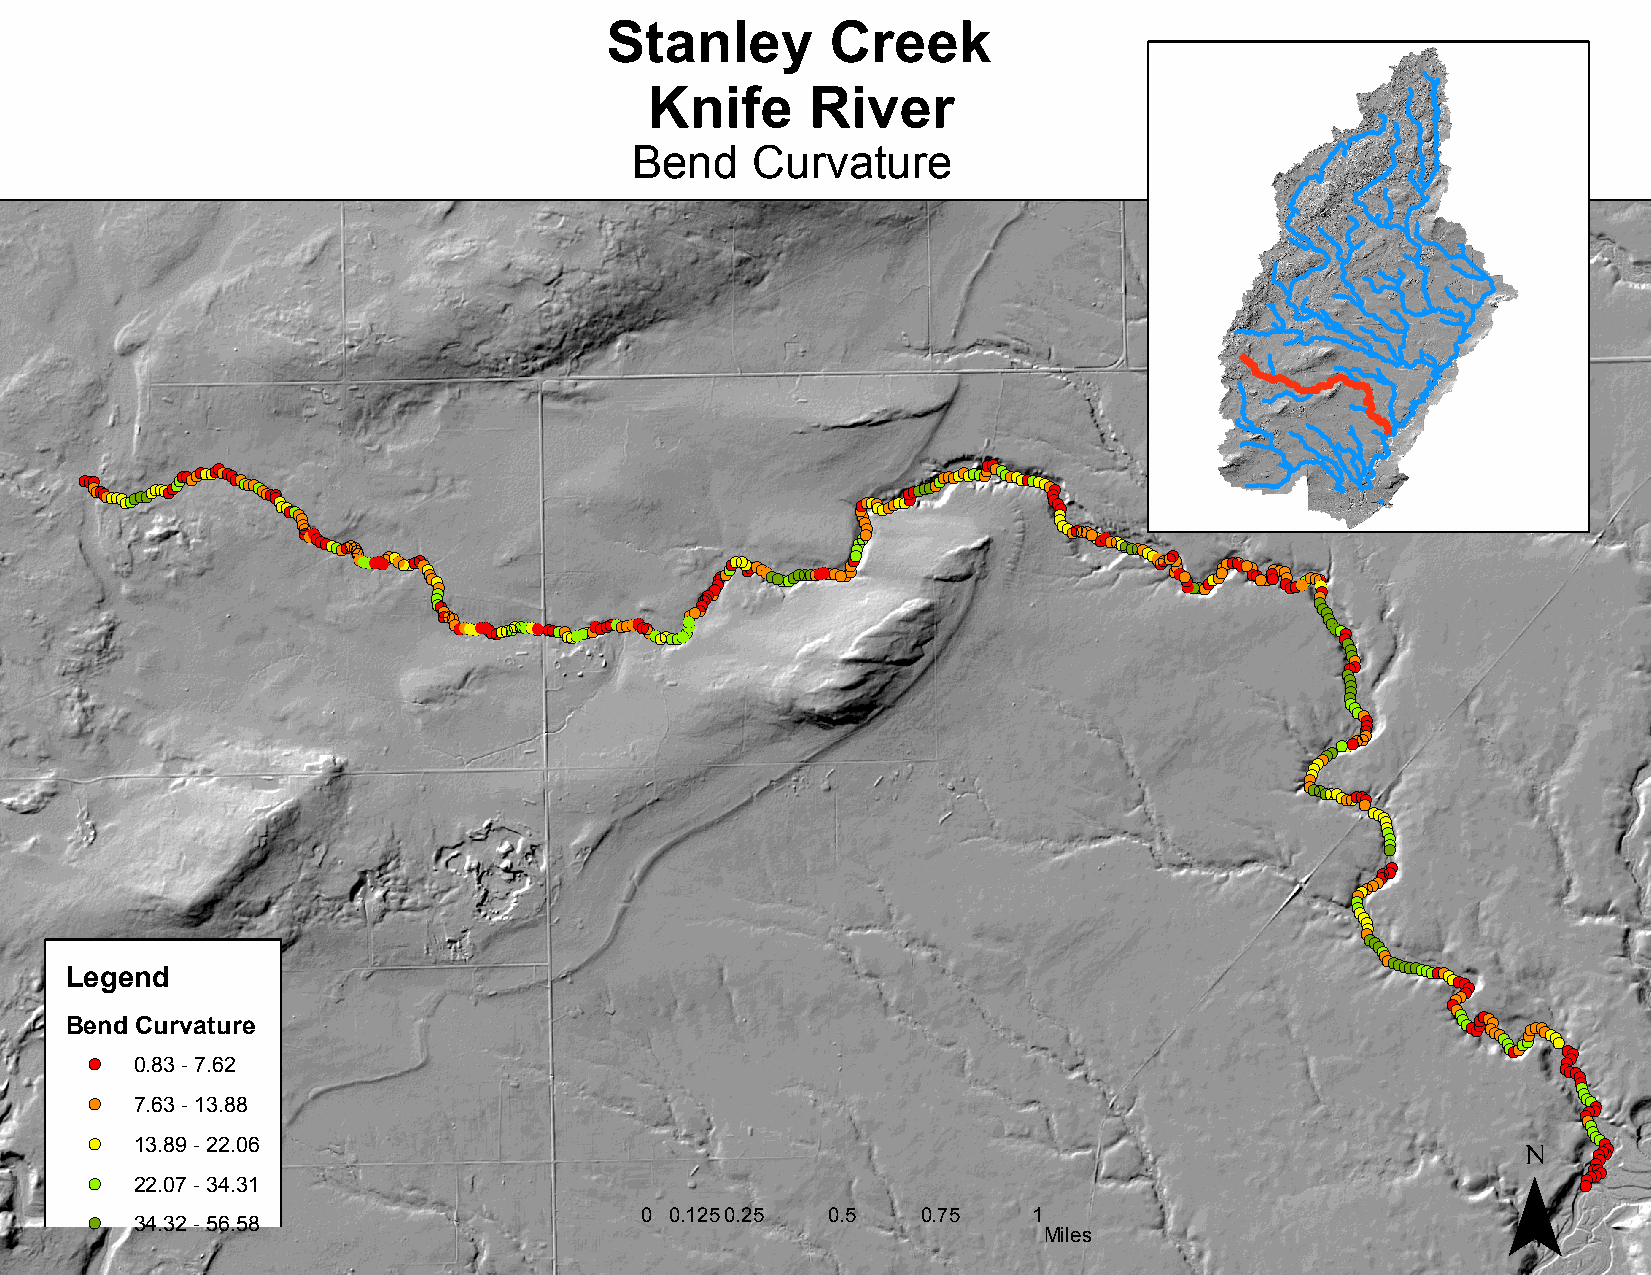
Stanley        Creek
 Knife      River
 Bend    Curvature
 !(!(!(!(
 !(!(!(!(!(!(!(!(!(!(!(!(!(!(!(!(!(!(!(!(!(!(!(!(!(!(!(!(!(!(!(!(!(!(!(!(!(!(!(!(!(!(!(
 !(!(!(!(!(!(!(!(!(!((!(!!(!(!(!(!(!(!(!(!(!(!((!(!(!
 (!(!(!!(!(!((!!(!(!(!(!(!(!(!(
 !(!( !( !(!(
 !( !(!(!(!(!((!(!
 (!(!(!(!!(!(!(!(!(
 !(!(!((!(!(!!(!(!(!(!(!((!!(!(!((!!(!(!((!!(!((!(!!((!(!(!!(!(!(!((!!((!(!!(!(!(!(!(!(!(!(!(!(!(!(!(!(!(!(!(!(!(!(!(!((!!(!(!(!(!(!(!(!(!((!(!(!!(!(!(!(!(!(!(!(!(!(!(
 !(!(!(
 !(!(!(!(!(!(!(!(!(!(!(!(!(!(!(!(!(!(!(!(!(!(!(!(!(!(!(!(!(!(!(!(!(!(!(!(!(!(!(!(!(!(
 !(!(!(
 !( !(!(!(
 !((!!(!(!(!(!(!(!((!!(!(!(!(!((!!(!(!((!!(!(!(!(
 !(!(!( (!!(!((!!(!(!(!(!(!(!(!(!(!((!(!(!!(!(!(!(!(!(!(!(!(!(
 !(!( !(!((!!( !(!( !(!(!( !((! !(!((!!(
 !( !(!( !(!(!(
 !((!!( !(!(!(
 !(
 !( (!!( !(
 !(!(!( !(!(!( !(!(!(!(
 !(!( !(!( !(!(!(!(
 !(!((!!(!(!(!(!(!(!(!(
 !(!(
 !(!(!(!(!(!(!(!(!(
 L Be
 e
 !(
 !(
 !(
 !(ng de n
 0
 7
 1
 2C
 .
 .
 3
 28
 6d
 u
 .
 .3
 3
 8
 0r
 9
 7v
 -
 -
 -
 -a
 7
 1
 2
 3.
 3t 6u
 2
 4.2
 8
 .
 .r
 8
 0
 3e
 6
 1
 !(!( !(!(!( !(!(!(
 !(!(
 !(!( !(!( !(!( !(!( !(!(!(!(
 !(!(!(!(!(!(!(!(!(!(!(!(
 !(!( !(!( !(!( !(!( !( !(!(
 !(!(!(!(!(!(
 !(!( !(!(!(!(!(!( ¯!(!(!(!(!(!(!(!(!(!(!(
 !(!(!( !(!(!(
 !(!(!(!(!(
 !( !(!(!( !(!(
 !(
 !(!(
 !(
 !(!(
 !(
 !(!(
 !(
 !(!(!(!( !(!(!( !(!(
 !( 34.32 - 56.58                    0 0.125 0.25 0.5   0.75   1
 Miles